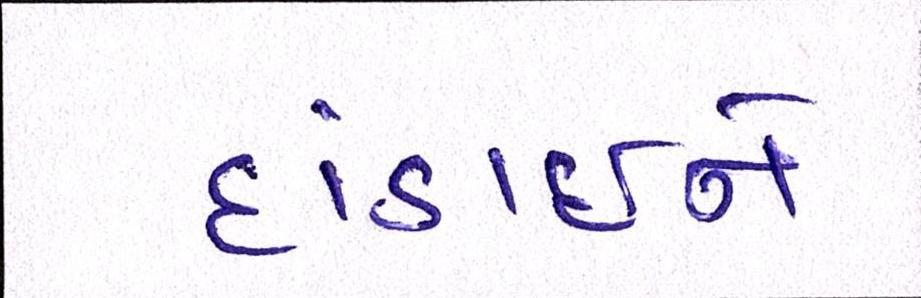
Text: દાંડાઈને